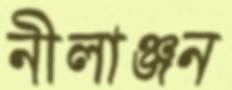
নীলাঞ্জন